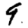
Digit: 9